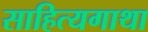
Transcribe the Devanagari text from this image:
साहित्यगाथा